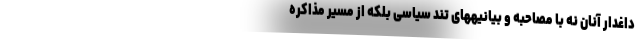
داغدار آنان نه با مصاحبه و بیانیههای تند سیاسی بلکه از مسیر مذاکره